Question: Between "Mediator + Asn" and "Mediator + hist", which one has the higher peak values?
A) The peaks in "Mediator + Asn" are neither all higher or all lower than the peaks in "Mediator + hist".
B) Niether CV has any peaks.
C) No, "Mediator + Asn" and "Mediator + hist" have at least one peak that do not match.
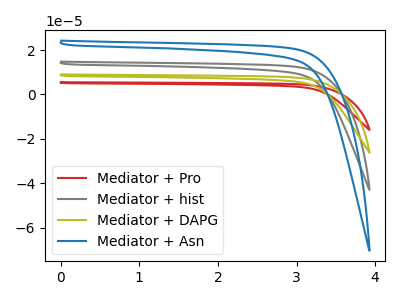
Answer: <think>The red curve "Mediator + Pro" has no peaks. The gray curve "Mediator + hist" has no peaks. The olive curve "Mediator + DAPG" has no peaks. The blue curve "Mediator + Asn" has no peaks.</think>
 <answer>B) Niether CV has any peaks.</answer>
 <eval>B</eval>